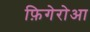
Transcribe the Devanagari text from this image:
फ़िगेरोआ